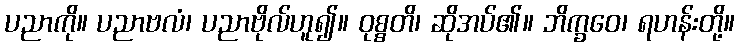
ပညာကို။ ပညာဗလံ၊ ပညာဗိုလ်ဟူ၍။ ဝုစ္စတိ၊ ဆိုအပ်၏။ ဘိက္ခဝေ၊ ရဟန်းတို့။